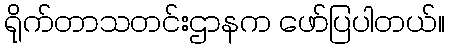
ရိုက်တာသတင်းဌာနက ဖော်ပြပါတယ်။